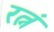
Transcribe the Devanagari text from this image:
रत्नं